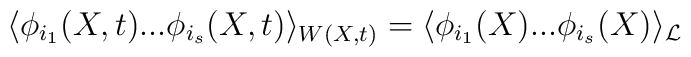
\langle \phi_{i_1}(X,t) ... \phi_{i_s}(X,t) \rangle_{W(X,t)} =\langle \phi_{i_1}(X) ... \phi_{i_s}(X) \rangle_{\cal L}